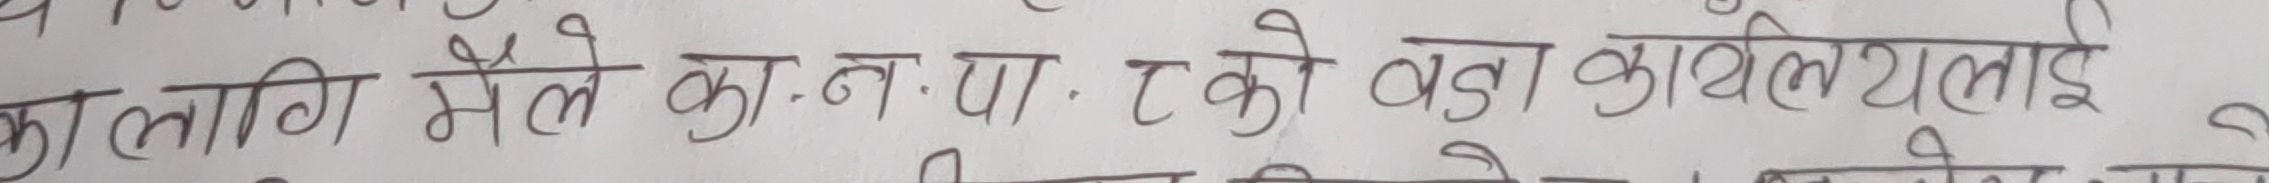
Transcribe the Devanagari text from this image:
का लागि मैले क.न.पा. टको वडा कार्यलयलाई